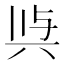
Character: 𭁉